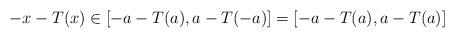
LaTeX: \begin{align*}-x-T(x) \in [-a-T(a), a-T(-a)] = [-a-T(a), a-T(a)]\end{align*}